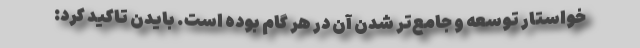
خواستار توسعه و جامع‌تر شدن آن در هر گام بوده است. بایدن تاکید کرد: